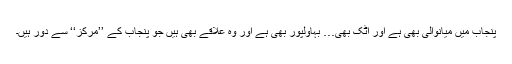
پنجاب میں میانوالی بھی ہے اور اٹک بھی… بہاولپور بھی ہے اور وہ علاقے بھی ہیں جو پنجاب کے ’’مرکز‘‘ سے دُور ہیں۔